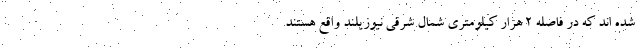
شده اند که در فاصله ۲ هزار کیلومتری شمال شرقی نیوزیلند واقع هستند